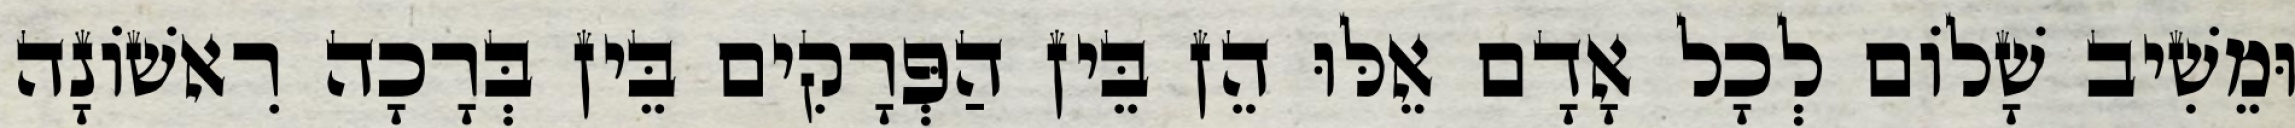
וּמֵשִׁיב שָׁלוֹם לְכָל אָדָם אֵלּוּ הֵן בֵּין הַפְּרָקִים בֵּין בְּרָכָה רִאשׁוֹנָה